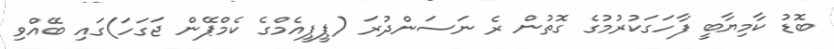
ބޮޑު ކާމިޔާބީ ފާހަގަކުރުމުގެ ގޮތުން ރެ ނަސަންދުރަ (ޕީޕީއެމްގެ ކެމްޕޭން ޖަގަހަ)ގައި ބޭއްވި